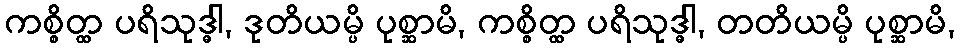
ကစ္စိတ္ထ ပရိသုဒ္ဓါ, ဒုတိယမ္ပိ ပုစ္ဆာမိ, ကစ္စိတ္ထ ပရိသုဒ္ဓါ, တတိယမ္ပိ ပုစ္ဆာမိ,